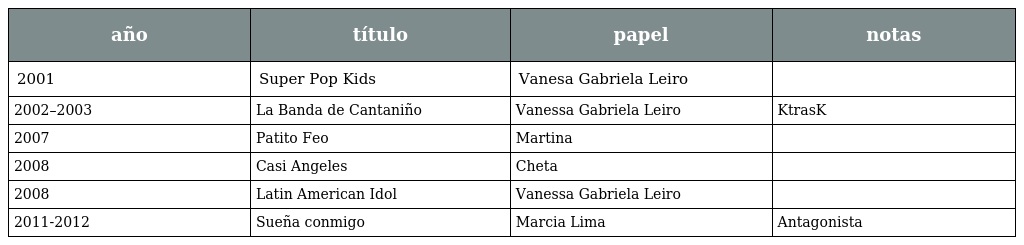
| año | título | papel | notas |
 | --- | --- | --- | --- |
 | 2001 | Super Pop Kids | Vanesa Gabriela Leiro |  |
 | 2002–2003 | La Banda de Cantaniño | Vanessa Gabriela Leiro | KtrasK |
 | 2007 | Patito Feo | Martina |  |
 | 2008 | Casi Angeles | Cheta |  |
 | 2008 | Latin American Idol | Vanessa Gabriela Leiro |  |
 | 2011-2012 | Sueña conmigo | Marcia Lima | Antagonista |